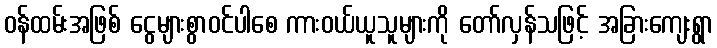
ဝန်ထမ်းအဖြစ် ငွေများစွာဝင်ပါစေ ကားဝယ်ယူသူများကို တော်လှန်သဖြင့် အခြားကျေးရွာ